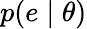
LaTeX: p(e\mid\mathbf{\theta})